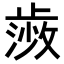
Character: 𭭰